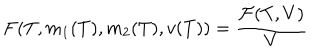
F ( T , m _ { 1 } ( T ) , m _ { 2 } ( T ) , v ( T ) ) = \frac { { \cal F } ( T , V ) } { V }